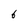
Character: 6